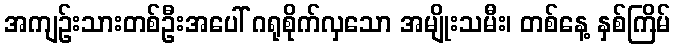
အကျဉ်းသားတစ်ဦးအပေါ် ဂရုစိုက်လှသော အမျိုးသမီး၊ တစ်နေ့ နှစ်ကြိမ်